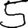
Digit: 5